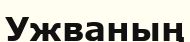
Ужваның